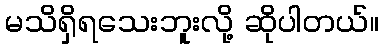
မသိရှိရသေးဘူးလို့ ဆိုပါတယ်။